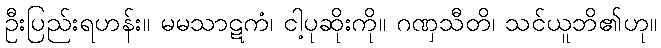
ဦးပြည်းရဟန်း။ မမသာဋကံ၊ ငါ့ပုဆိုးကို။ ဂဏှသီတိ၊ သင်ယူဘိ၏ဟု။